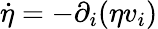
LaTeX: \dot{\eta}=-\partial_{i}(\eta v_{i})